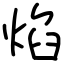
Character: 焰